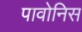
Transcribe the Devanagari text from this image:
पावोनिस